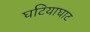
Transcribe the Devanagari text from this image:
घटियाघाट